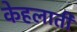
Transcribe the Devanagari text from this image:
केहलाती